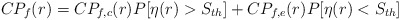
\begin{align*}CP_f(r)=CP_{f,c}(r)P[\eta(r)>S_{th}]+CP_{f,e}(r)P[\eta(r)<S_{th}]\end{align*}